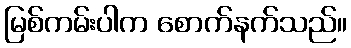
မြစ်ကမ်းပါက စောက်နက်သည်။